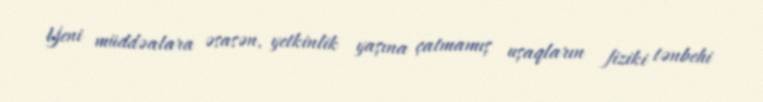
Yeni müddəalara əsasən, yetkinlik yaşına çatmamış uşaqların fiziki tənbehi